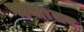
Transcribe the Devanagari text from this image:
पहना।तब